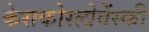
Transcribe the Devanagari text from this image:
केसकोस्लोवेंस्की